Scottish Certificate of Education, 1962
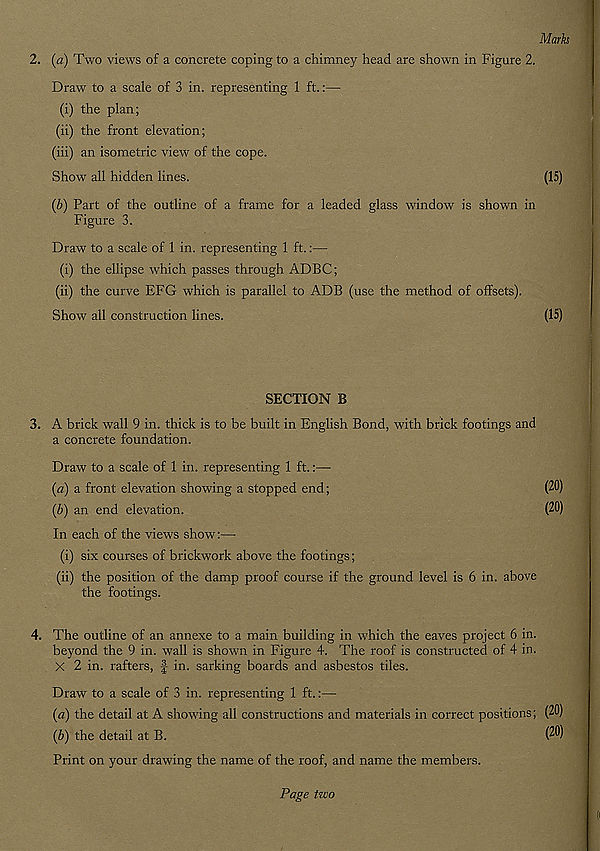
Marks
2. (a) Two views of a concrete coping to a chimney head are shown in Figure 2.
Draw to a scale of 3 in. representing 1 ft.:—
(i) the plan;
(ii) the front elevation;
(iii) an isometric view of the cope.
Show all hidden lines.
(15)
(b) Part of the outline of a frame for a leaded glass window is shown in
Figure 3.
Draw to a scale of 1 in. representing 1 ft.:—
(i) the ellipse which passes through ADBC;
(ii) the curve EFG which is parallel to ADB (use the method of offsets).
Show all construction lines.
(15)
SECTION B
3. A brick wall 9 in. thick is to be built in English Bond, with brick footings and
a concrete foundation.
Draw to a scale of 1 in. representing 1 ft.:—
(a) a front elevation showing a stopped end;
(20)
(b) an end elevation.
(20)
In each of the views show:—
(i) six courses of brickwork above the footings;
(ii) the position of the damp proof course if the ground level is 6 in. above
the footings.
4. The outline of an annexe to a main building in which the eaves project 6 in.
beyond the 9 in. wall is shown in Figure 4. The roof is constructed of 4 in.
X 2 in. rafters, f in. sarking boards and asbestos tiles.
Draw to a scale of 3 in. representing 1 ft.:—
(a) the detail at A showing all constructions and materials in correct positions; (20)
(b) the detail at B.
(20)
Print on your drawing the name of the roof, and name the members.
Page two